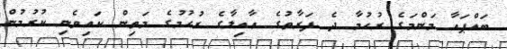
ބައްޕައާ މަންމަގެ ރުހުމާ ދެ ފަރާތުގެ ޢާއިލާގެ ރުހުމުގެ މަތިން ކައިވެނި ކުރުމުން